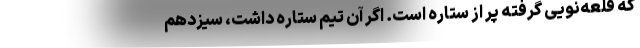
که قلعه‌نویی گرفته پُر از ستاره است. اگر آن تیم ستاره داشت، سیزدهم